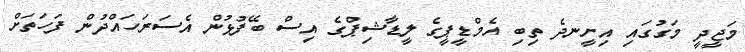
މަޖީދީ މަގުގައި އިށީނދެ ތިބި އެމްޑީޕީގެ ލީޑާޝިޕްގެ އިސް ބޭފުޅުން އެސަރަހައްދުން ފަހަތަށް